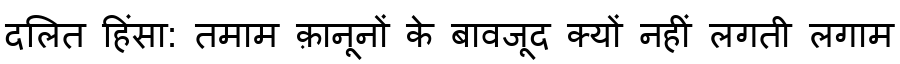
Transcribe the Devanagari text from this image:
दलित हिंसा: तमाम क़ानूनों के बावजूद क्यों नहीं लगती लगाम